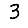
Digit: 3